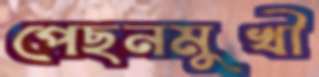
পেছনমুখী